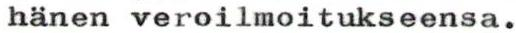
hänen veroilmoitukseensa.